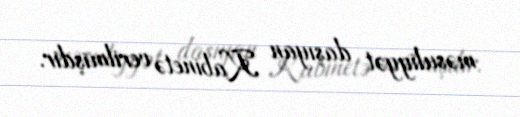
məsuliyyət daşıyan Kabinetə verilmişdir.